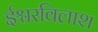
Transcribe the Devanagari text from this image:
ईश्वरविलाश